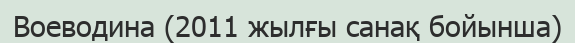
Воеводина (2011 жылғы санақ бойынша)